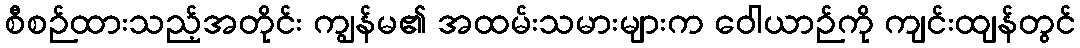
စီစဉ်ထားသည့်အတိုင်း ကျွန်မ၏ အထမ်းသမားများက ဝေါယာဉ်ကို ကျင်းထျန်တွင်